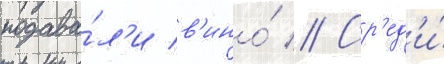
подава́л'и в'ино́ // Ср'ед'и́